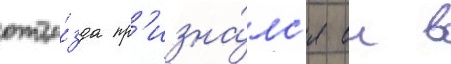
отъе́зда пр'изна́лс'я еи в